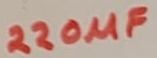
Text: 220µF